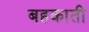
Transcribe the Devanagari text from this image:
बहकाती